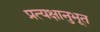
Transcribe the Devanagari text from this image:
प्रत्यक्षानुभूत